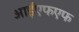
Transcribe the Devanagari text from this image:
आईएफएफ